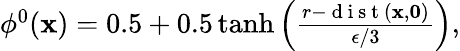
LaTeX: \begin{array}{r}{\phi^{0}(\mathbf{x})=0.5+0.5\operatorname{tanh}\left(\frac{r-\mathrm{~d~i~s~t~}(\mathbf{x},\mathbf{0})}{\epsilon/3}\right),}\end{array}